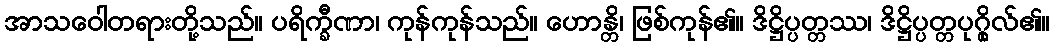
အာသဝေါတရားတို့သည်။ ပရိက္ခီဏာ၊ ကုန်ကုန်သည်။ ဟောန္တိ၊ ဖြစ်ကုန်၏။ ဒိဋ္ဌိပ္ပတ္တဿ၊ ဒိဋ္ဌိပ္ပတ္တပုဂ္ဂိုလ်၏။